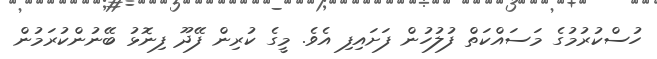
ހުސްކުރުމުގެ މަސައްކަތް ފުލުހުން ފަށައިފި އެވެ. މީގެ ކުރިން ފޭދޫ ފިނޮޅު ބޭނުންކުރަމުން